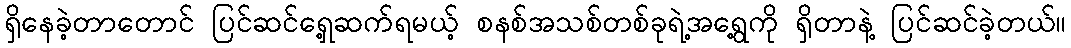
ရှိနေခဲ့တာတောင် ပြင်ဆင်ရှေ့ဆက်ရမယ့် စနစ်အသစ်တစ်ခုရဲ့အရွေ့ကို ရှိတာနဲ့ ပြင်ဆင်ခဲ့တယ်။